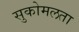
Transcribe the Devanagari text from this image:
सुकोमलता